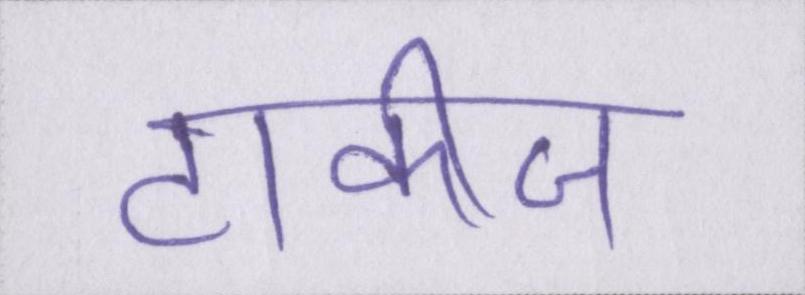
टाकीज